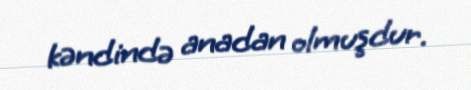
kəndində anadan olmuşdur.